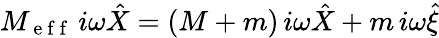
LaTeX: M_{\mathrm{~e~f~f~}}\, i\omega\hat{X}=(M+m)\, i\omega\hat{X}+m\, i\omega\hat{\xi}